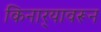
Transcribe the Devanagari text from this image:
किनार्‍यावरून